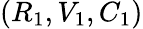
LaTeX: \left(R_{1},V_{1},C_{1}\right)